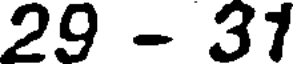
29 - 31